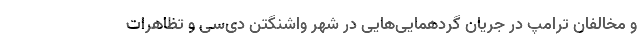
و مخالفان ترامپ در جریان گردهمایی‌هایی در شهر واشنگتن دی‌سی و تظاهرات